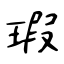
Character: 瑕